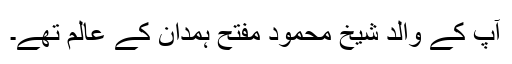
آپ کے والد شیخ محمود مفتح ہمدان کے عالم تھے۔